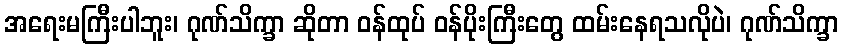
အရေးမကြီးပါဘူး၊ ဂုဏ်သိက္ခာ ဆိုတာ ဝန်ထုပ် ဝန်ပိုးကြီးတွေ ထမ်းနေရသလိုပဲ၊ ဂုဏ်သိက္ခာ